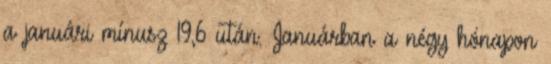
a januári mínusz 19,6 után. Januárban a négy hónapon